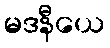
မဒနီယေ